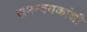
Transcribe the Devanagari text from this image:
समन्वयकांशी